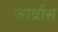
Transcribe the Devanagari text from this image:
जाग्रोस